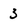
Character: 3